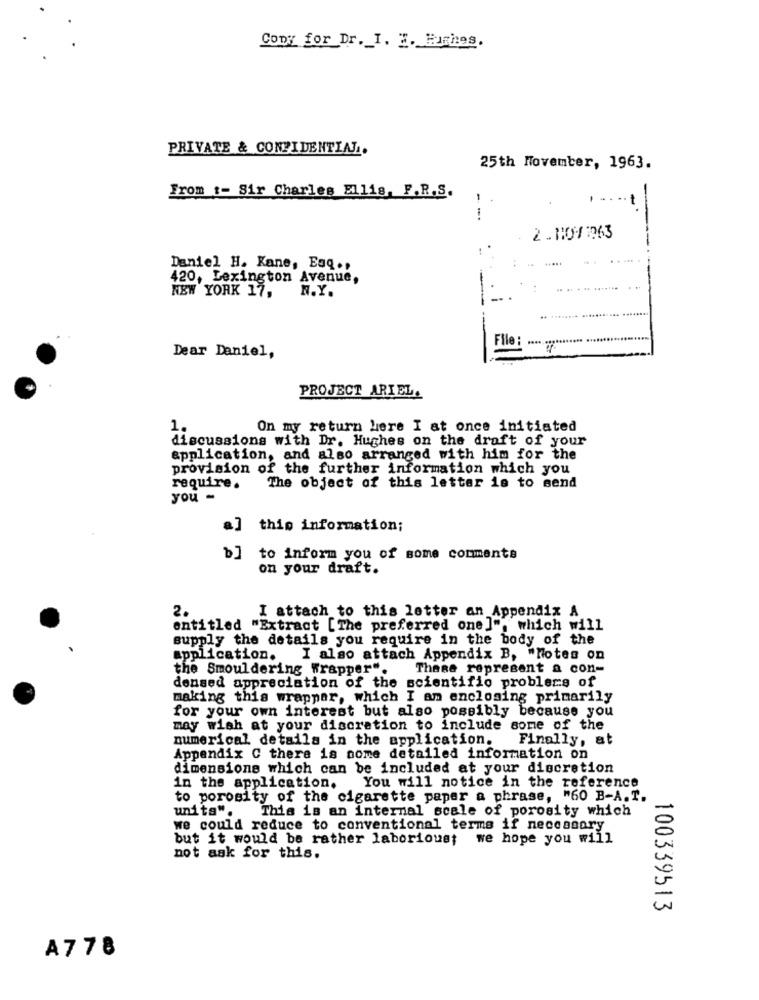
Copy for Dr. I. E. Fiches.
PRIVATE & CONFIDENTIAL.
25th November, 1963.
From t- Sir Charles Ellis, F.R.S.
2.10/1963
!
Daniel H. Kane, Eaq .,
420, Lexington Avenue,
NEW YORK 17,
N.Y.
File :
Dear Daniel,
PROJECT ARIEL.
1.
On my return here I at once initiated
discussions with Dr. Hughes on the draft of your
application, and also arranged with him for the
provision of the further information which you
require.
The object of this letter is to send
you -
a] this information;
b] to inform you of some comments
on your draft.
2.
I attach to this letter an Appendix A
entitled "Extract [The preferred one]", which will
supply the details you require in the body of the
application.
I also attach Appendix B, "Notes on
the Smouldering Wrapper".
These represent a con-
densed appreciation of the scientific problems of
making this wrapper, which I am enclosing primarily
for your own interest but also possibly because you
may wish at your discretion to include some of the
numerical details in the application.
Finally, at
Appendix C there is some detailed information on
dimensions which can be included at your discretion
in the application. You will notice in the reference
to porosity of the cigarette paper a phrase, "60 B-A.T.
unita".
This is an internal scale of porosity which
we could reduce to conventional terms if necessary
but it would be rather laborious; we hope you will
not ask for this.
100339513
A778